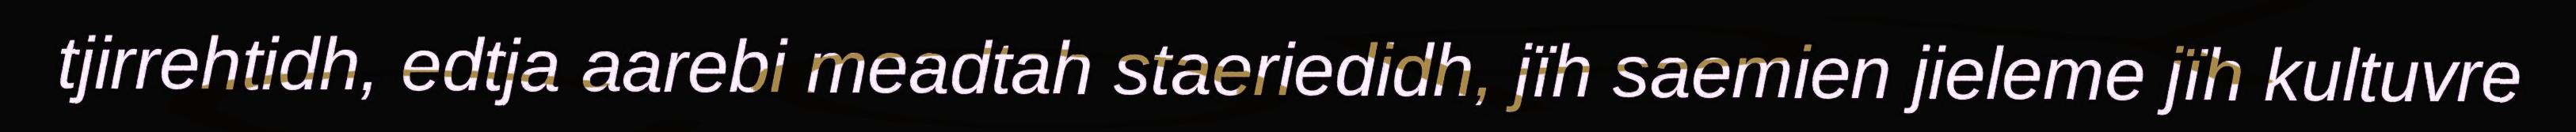
tjirrehtidh, edtja aarebi meadtah staeriedidh, jïh saemien jieleme jïh kultuvre